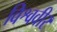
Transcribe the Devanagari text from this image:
विश्ववीर